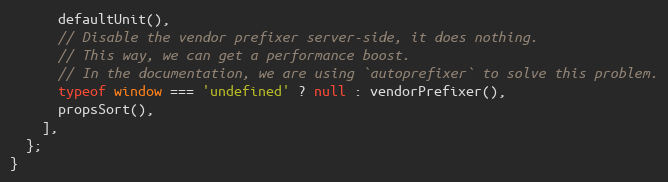
Language: JavaScript
      defaultUnit(),
      // Disable the vendor prefixer server-side, it does nothing.
      // This way, we can get a performance boost.
      // In the documentation, we are using `autoprefixer` to solve this problem.
      typeof window === 'undefined' ? null : vendorPrefixer(),
      propsSort(),
    ],
  };
}